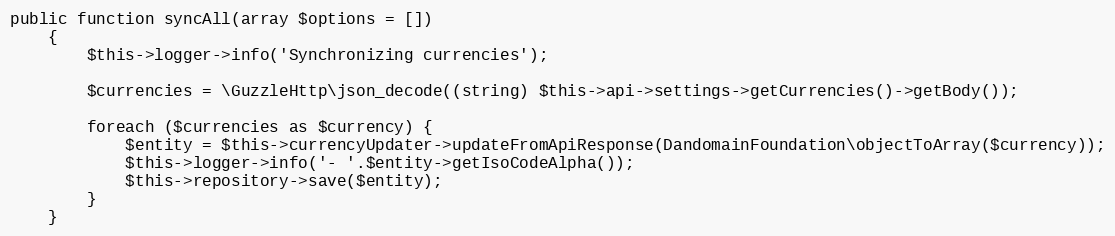
Language: PHP
public function syncAll(array $options = [])
    {
        $this->logger->info('Synchronizing currencies');

        $currencies = \GuzzleHttp\json_decode((string) $this->api->settings->getCurrencies()->getBody());

        foreach ($currencies as $currency) {
            $entity = $this->currencyUpdater->updateFromApiResponse(DandomainFoundation\objectToArray($currency));
            $this->logger->info('- '.$entity->getIsoCodeAlpha());
            $this->repository->save($entity);
        }
    }